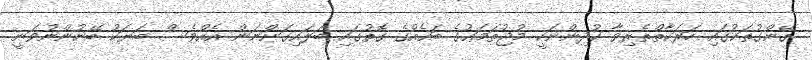
ގޭންގުތަކުގައި ހަރަކާތްތެރިވާ ކުދިންނަކީ މުޖުތަމަޢުގެ ބައެއްގެ ގޮތުގައި ބަލައިގަންނަން އެއްވެސް ބަޔަކު ބޭނުންނުވަނީ